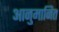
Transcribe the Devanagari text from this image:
आनुमानित